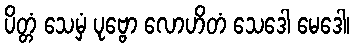
ပိတ္တံ သေမှံ ပုဗ္ဗော လောဟိတံ သေဒေါ မေဒေါ၊